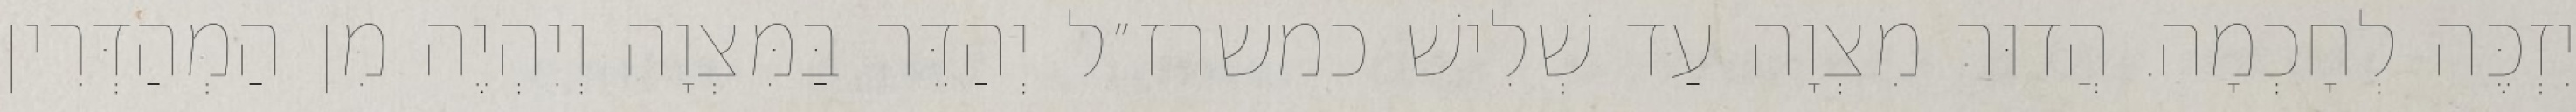
יִזְכֶּה לְחָכְמָה. הֲדוּר מִצְוָה עַד שְׁלִישׁ כמשרז״ל יְהַדֵּר בַּמִּצְוָה וְיִהְיֶה מִן הַמְהַדְּרִין